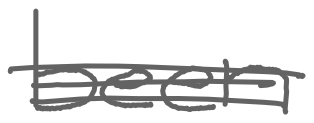
Text: been
Cross-out: double-line
Writing tool: digital_gray